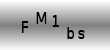
Text: FM1bs